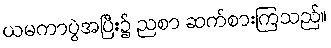
ယမကာပွဲအပြီး၌ ညစာ ဆက်စားကြသည်။